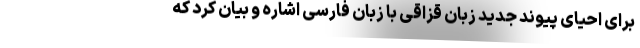
برای احیای پیوند جدید زبان قزاقی با زبان فارسی اشاره و بیان کرد که